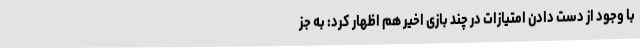
با وجود از دست دادن امتیازات در چند بازی اخیر هم اظهار کرد:‌ به جز